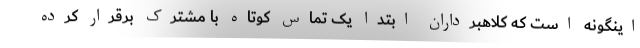
اینگونه است که کلاهبرداران ابتدا یک تماس کوتاه با مشترک برقرار کرده